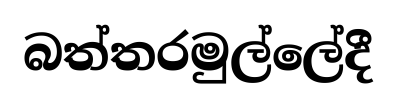
බත්තරමුල්ලේදී